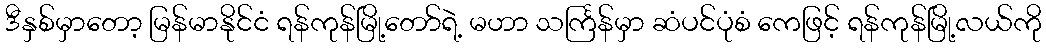
ဒီနှစ်မှာတော့ မြန်မာနိုင်ငံ ရန်ကုန်မြို့တော်ရဲ့ မဟာ သင်္ကြန်မှာ ဆံပင်ပုံစံ ကေဖြင့် ရန်ကုန်မြို့လယ်ကို